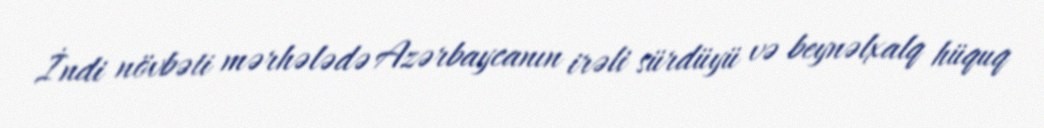
İndi növbəti mərhələdə Azərbaycanın irəli sürdüyü və beynəlxalq hüquq